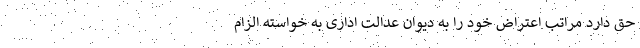
حق دارد مراتب اعتراض خود را به دیوان عدالت اداری به خواسته الزام